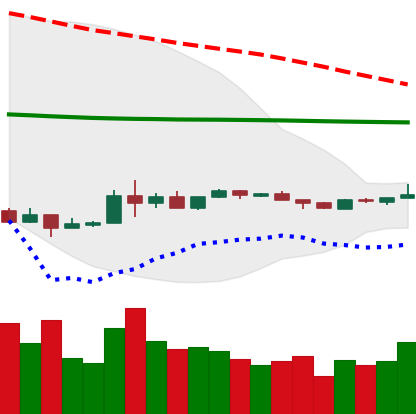
Ticker: EOS-USD
Chart end date: 2020-04-02
Forward return: 14.428%
Label: up_7plus